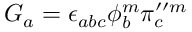
G _ { a } = \epsilon _ { a b c } \phi _ { b } ^ { m } \pi _ { c } ^ { \prime \prime m }